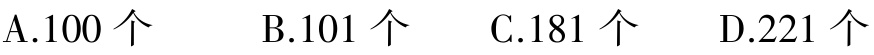
A.100 个 \quad B.101 个 \quad C.181 个 \quad D.221 个